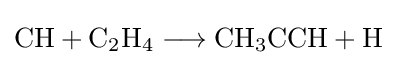
{\mathrm {CH} {}+{}\mathrm {C} {\vphantom {A}}_{\smash[{t}]{2}}\mathrm {H} {\vphantom {A}}_{\smash[{t}]{4}}{}\mathrel {\longrightarrow } {}\mathrm {CH} {\vphantom {A}}_{\smash[{t}]{3}}\mathrm {CCH} {}+{}\mathrm {H} }